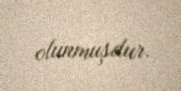
olunmuşdur.